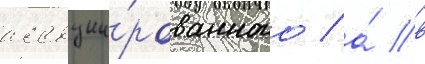
ассоции́рованного / а́ в